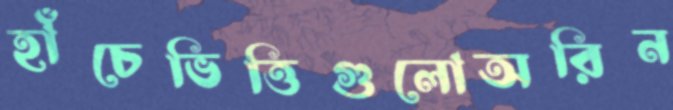
হাঁচেভিত্তিগুলোঅরিন